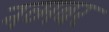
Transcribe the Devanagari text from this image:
नव्मबर